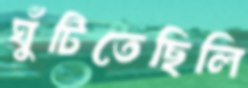
ঘুঁটিতেছিলি